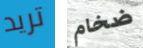
تريد ضخام